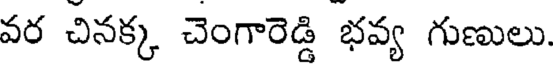
వర చినక్క చెంగారెడ్డి భవ్య గుణులు.